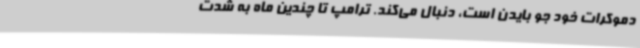
دموکرات خود جو بایدن است، دنبال می‌کند. ترامپ تا چندین ماه به شدت